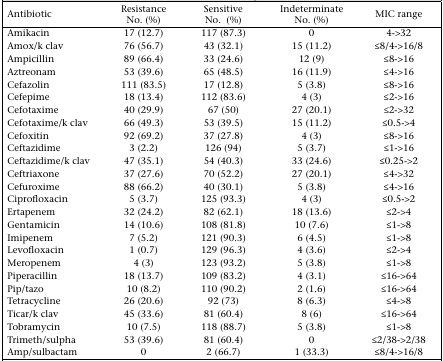
<table><thead><tr><td><b>Antibiotic</b></td><td><b>Resistance No. (%)</b></td><td><b>Sensitive No. (%)</b></td><td><b>Indeterminate No. (%)</b></td><td><b>MIC range</b></td></tr></thead><tbody><tr><td>Amikacin</td><td>17 (12.7)</td><td>117 (87.3)</td><td>0</td><td>4-&gt;32</td></tr><tr><td>Amox/k clav</td><td>76 (56.7)</td><td>43 (32.1)</td><td>15 (11.2)</td><td>≤8/4-&gt;16/8</td></tr><tr><td>Ampicillin</td><td>89 (66.4)</td><td>33 (24.6)</td><td>12 (9)</td><td>≤8-&gt;16</td></tr><tr><td>Aztreonam</td><td>53 (39.6)</td><td>65 (48.5)</td><td>16 (11.9)</td><td>≤4-&gt;16</td></tr><tr><td>Cefazolin</td><td>111 (83.5)</td><td>17 (12.8)</td><td>5 (3.8)</td><td>≤8-&gt;16</td></tr><tr><td>Cefepime</td><td>18 (13.4)</td><td>112 (83.6)</td><td>4 (3)</td><td>≤2-&gt;16</td></tr><tr><td>Cefotaxime</td><td>40 (29.9)</td><td>67 (50)</td><td>27 (20.1)</td><td>≤2-&gt;32</td></tr><tr><td>Cefotaxime/k clav</td><td>66 (49.3)</td><td>53 (39.5)</td><td>15 (11.2)</td><td>≤0.5-&gt;4</td></tr><tr><td>Cefoxitin</td><td>92 (69.2)</td><td>37 (27.8)</td><td>4 (3)</td><td>≤8-&gt;16</td></tr><tr><td>Ceftazidime</td><td>3 (2.2)</td><td>126 (94)</td><td>5 (3.7)</td><td>≤1-&gt;16</td></tr><tr><td>Ceftazidime/k clav</td><td>47 (35.1)</td><td>54 (40.3)</td><td>33 (24.6)</td><td>≤0.25-&gt;2</td></tr><tr><td>Ceftriaxone</td><td>37 (27.6)</td><td>70 (52.2)</td><td>27 (20.1)</td><td>≤4-&gt;32</td></tr><tr><td>Cefuroxime</td><td>88 (66.2)</td><td>40 (30.1)</td><td>5 (3.8)</td><td>≤4-&gt;16</td></tr><tr><td>Ciprofloxacin</td><td>5 (3.7)</td><td>125 (93.3)</td><td>4 (3)</td><td>≤0.5-&gt;2</td></tr><tr><td>Ertapenem</td><td>32 (24.2)</td><td>82 (62.1)</td><td>18 (13.6)</td><td>≤2-&gt;4</td></tr><tr><td>Gentamicin</td><td>14 (10.6)</td><td>108 (81.8)</td><td>10 (7.6)</td><td>≤1-&gt;8</td></tr><tr><td>Imipenem</td><td>7 (5.2)</td><td>121 (90.3)</td><td>6 (4.5)</td><td>≤1-&gt;8</td></tr><tr><td>Levofloxacin</td><td>1 (0.7)</td><td>129 (96.3)</td><td>4 (3.6)</td><td>≤2-&gt;4</td></tr><tr><td>Meropenem</td><td>4 (3)</td><td>123 (93.2)</td><td>5 (3.8)</td><td>≤1-&gt;8</td></tr><tr><td>Piperacillin</td><td>18 (13.7)</td><td>109 (83.2)</td><td>4 (3.1)</td><td>≤16-&gt;64</td></tr><tr><td>Pip/tazo</td><td>10 (8.2)</td><td>110 (90.2)</td><td>2 (1.6)</td><td>≤16-&gt;64</td></tr><tr><td>Tetracycline</td><td>26 (20.6)</td><td>92 (73)</td><td>8 (6.3)</td><td>≤4-&gt;8</td></tr><tr><td>Ticar/k clav</td><td>45 (33.6)</td><td>81 (60.4)</td><td>8 (6)</td><td>≤16-&gt;64</td></tr><tr><td>Tobramycin</td><td>10 (7.5)</td><td>118 (88.7)</td><td>5 (3.8)</td><td>≤1-&gt;8</td></tr><tr><td>Trimeth/sulpha</td><td>53 (39.6)</td><td>81 (60.4)</td><td>0</td><td>≤2/38-&gt;2/38</td></tr><tr><td>Amp/sulbactam</td><td>0</td><td>2 (66.7)</td><td>1 (33.3)</td><td>≤8/4-&gt;16/8</td></tr></tbody></table>